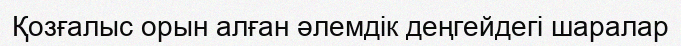
Қозғалыс орын алған әлемдік деңгейдегі шаралар